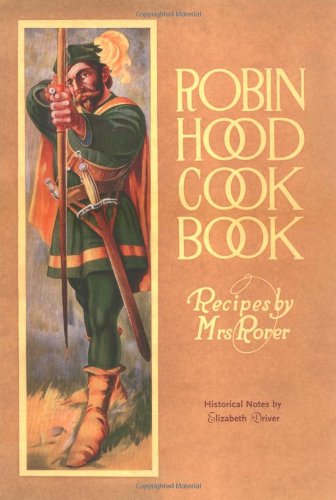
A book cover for Robin Hood Cookbook (Classic Canadian Cookbook Series); Elizabeth Driver; Cookbooks, Food & Wine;